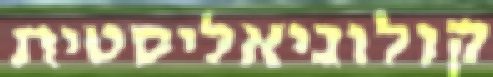
קולוניאליסטית